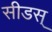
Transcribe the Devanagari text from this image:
सीडस्